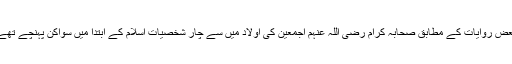
بعض روایات کے مطابق صحابہ کرام رضی اللہ عنہم اجمعین کی اولاد میں سے چار شخصیات اسلام کے ابتدا میں سواکن پہنچے تھے۔